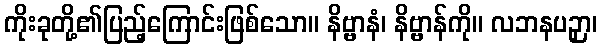
ကိုးခုတို့၏ပြည့်ကြောင်းဖြစ်သော။ နိဗ္ဗာနံ၊ နိဗ္ဗာန်ကို။ လဘနပဉှာ၊